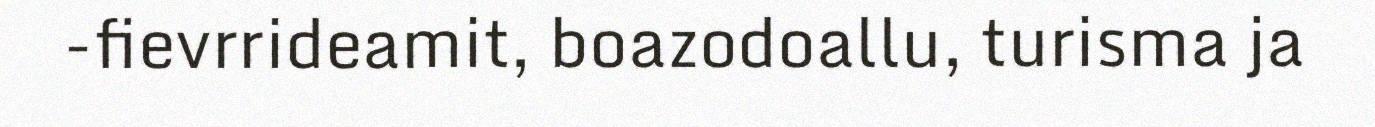
-fievrrideamit, boazodoallu, turisma ja